Source: Handwritten
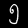
Digit: ၅ (5)